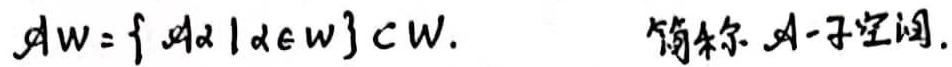
$\mathcal{A}W = \{ \mathcal{A}\alpha \mid \alpha \in W\} \subset W.$  简称 $\mathcal{A}$ -子空间.